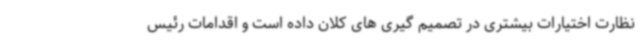
نظارت اختیارات بیشتری در تصمیم گیری های کلان داده است و اقدامات رئیس